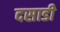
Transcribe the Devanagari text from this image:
दसाडी